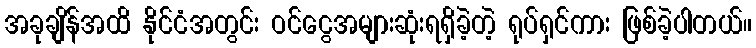
အခုချိန်အထိ နိုင်ငံအတွင်း ဝင်ငွေအများဆုံးရရှိခဲ့တဲ့ ရုပ်ရှင်ကား ဖြစ်ခဲ့ပါတယ်။